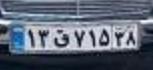
۱۳ق۷۱۵۳۸